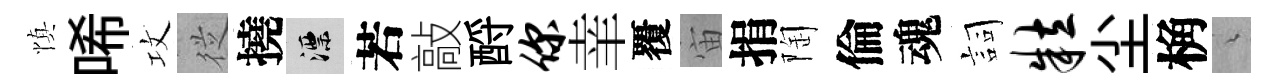
慎唏攻従撓漂若敲酹你𦍒覆宙捐陶倫魂詞粒尘桷綿